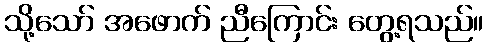
သို့သော် အဖောက် ညီကြောင်း တွေ့ရသည်။